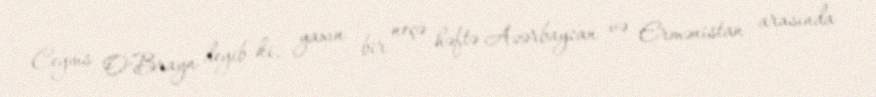
Ceyms O’Brayn deyib ki, yaxın bir neçə həftə Azərbaycan və Ermənistan arasında